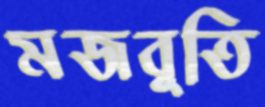
মজবুতি